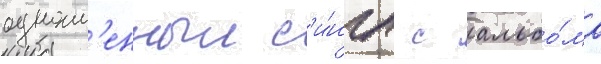
одноим'енныи с'и́нгл с альбо́ма